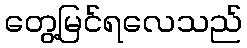
တွေ့မြင်ရလေသည်